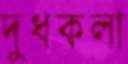
দুধকলা